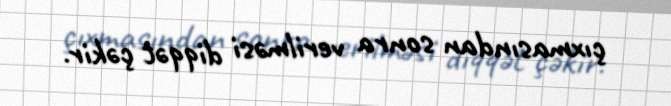
çıxmasından sonra verilməsi diqqət çəkir.